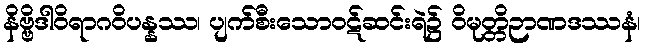
နိဗ္ဗိဒါဝိရာဂဝိပန္နဿ၊ ပျက်စီးသောဝဋ်ဆင်းရဲ၌ ဝိမုတ္တိဉာဏဒဿနံ၊